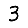
Digit: 3